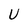
Character: U